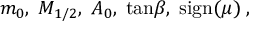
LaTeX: m _ { 0 } , \; M _ { 1 / 2 } , \; A _ { 0 } , \; \mathrm { t a n } \beta , \; \mathrm { s i g n } ( \mu ) \; ,